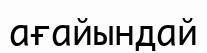
ағайындай